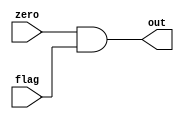
module doBranch(
		zero, 
		flag,
		out
	);
	
	output out;
	input zero, flag;
	
	assign out = zero & flag;


endmodule